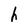
Character: h